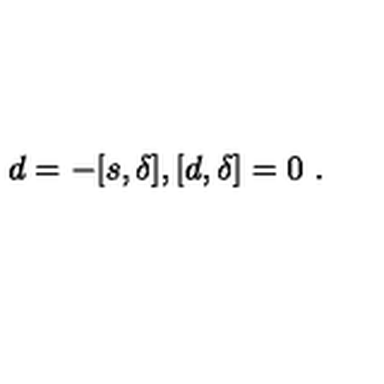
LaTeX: d = - [ s , \delta ] , [ d , \delta ] = 0 \ .